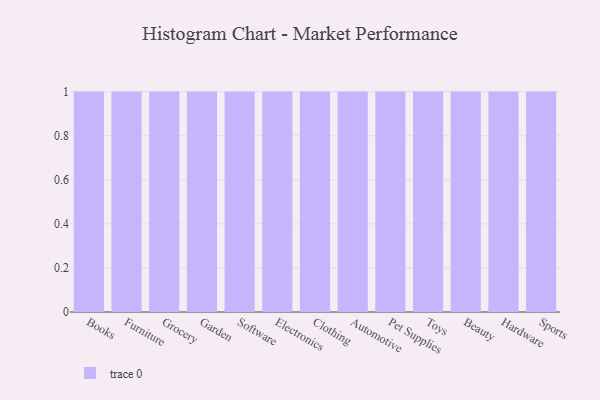
{"axis": {"x": "Category", "y": "Humidity (%)"}, "legend": [""], "data": [{"x": "Books", "y": 100, "type": ""}, {"x": "Furniture", "y": 82, "type": ""}, {"x": "Grocery", "y": 25, "type": ""}, {"x": "Garden", "y": 18, "type": ""}, {"x": "Software", "y": 16, "type": ""}, {"x": "Electronics", "y": 48, "type": ""}, {"x": "Clothing", "y": 15, "type": ""}, {"x": "Automotive", "y": 42, "type": ""}, {"x": "Pet Supplies", "y": 24, "type": ""}, {"x": "Toys", "y": 9, "type": ""}, {"x": "Beauty", "y": 91, "type": ""}, {"x": "Hardware", "y": 14, "type": ""}, {"x": "Sports", "y": 22, "type": ""}]}